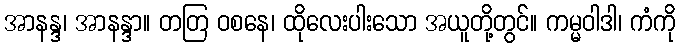
အာနန္ဒ၊ အာနန္ဒာ။ တတြ ဝစနေ၊ ထိုလေးပါးသော အယူတို့တွင်။ ကမ္မဝါဒါ၊ ကံကို